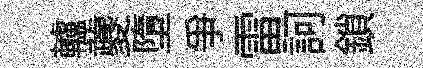
轤夔墮争雷訶鎖